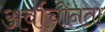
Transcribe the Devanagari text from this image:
अर्वाचीनता